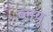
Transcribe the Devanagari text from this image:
ब्लयू